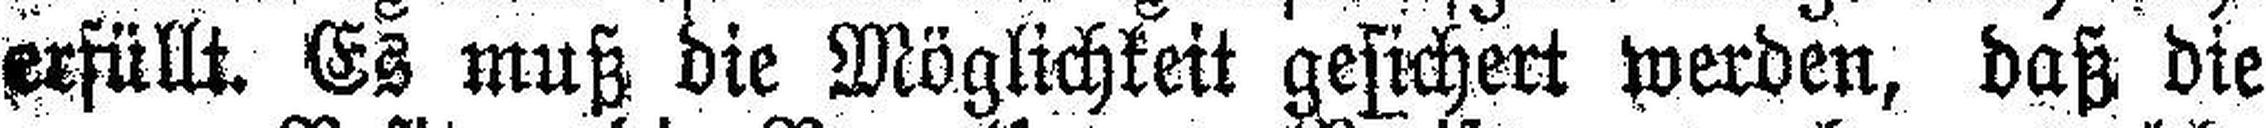
erfüllt. Es muß die Möglichkeit gesichert werden, daß die